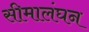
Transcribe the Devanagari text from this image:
सीमालंघन